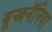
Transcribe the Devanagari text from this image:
बूखनॅनिया